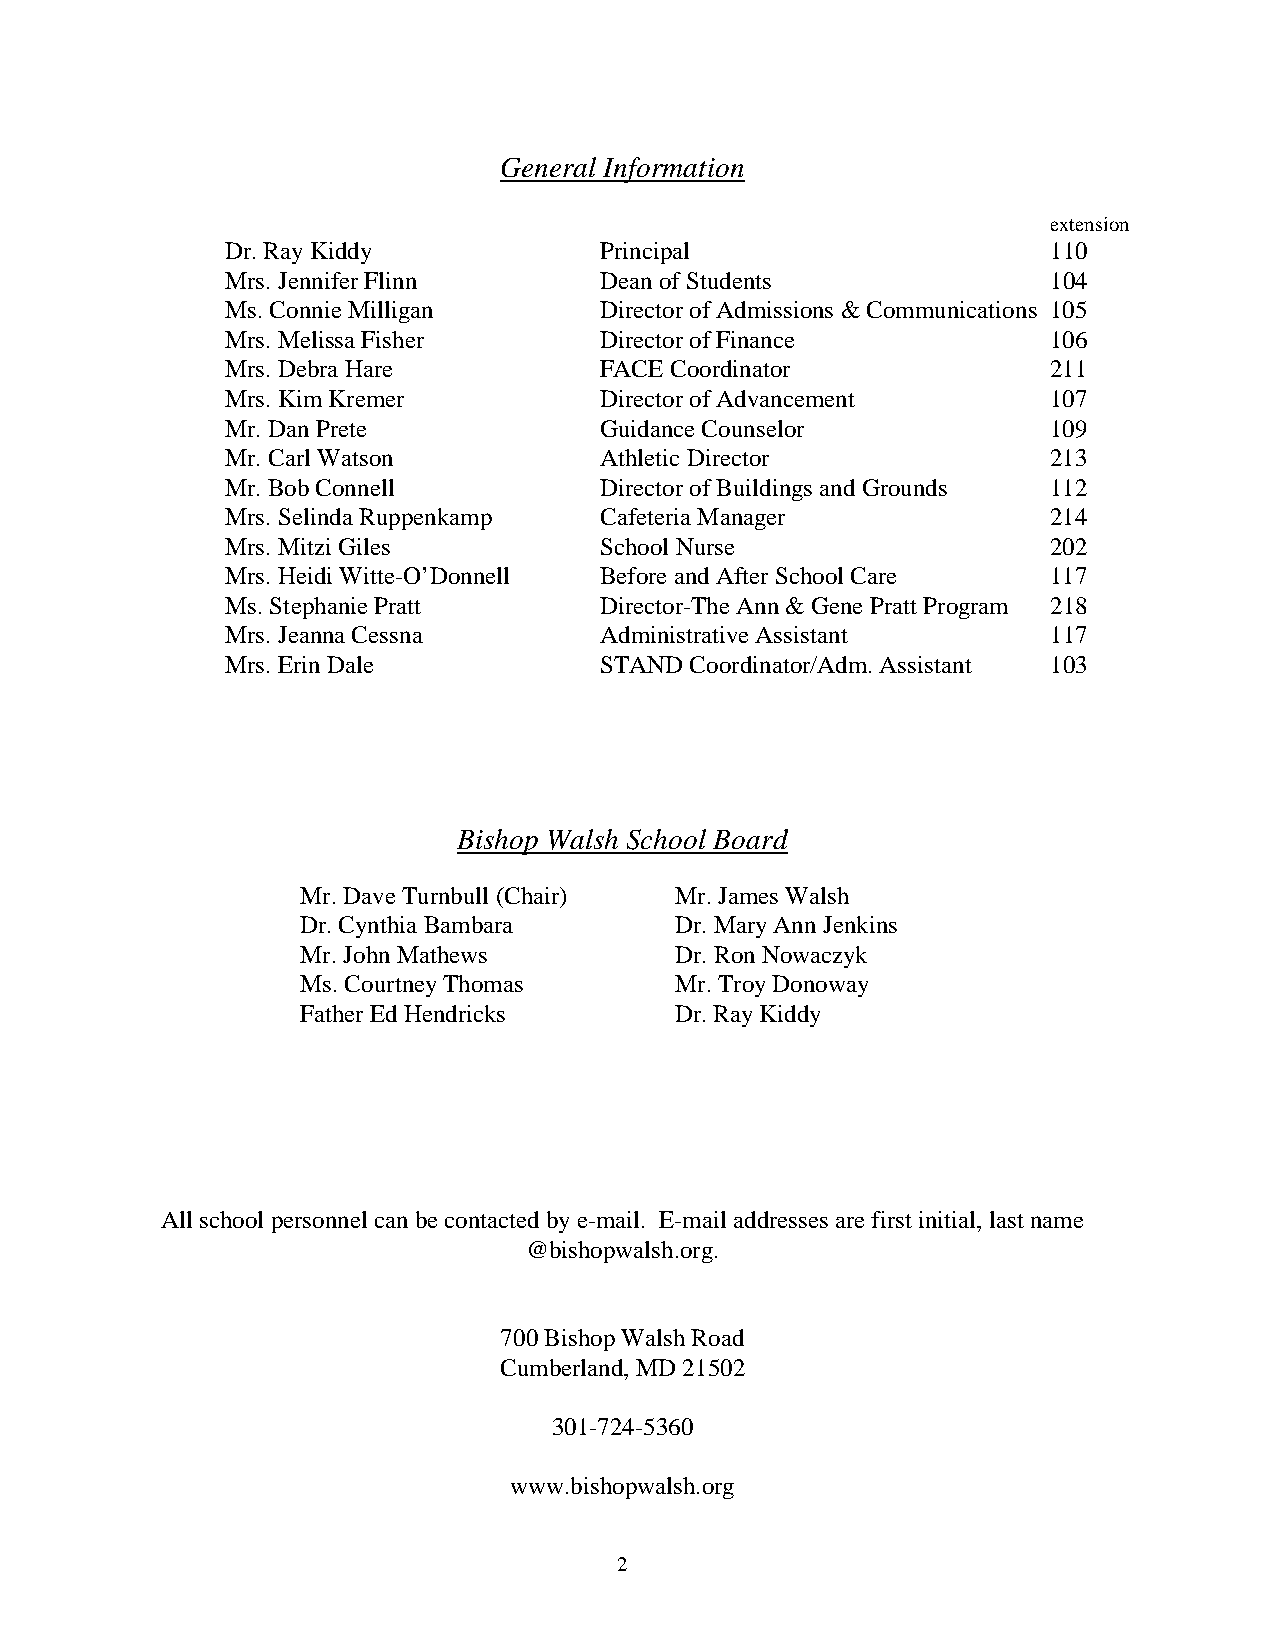
General Information
 extension
 Dr. Ray Kiddy            Principal                     110
 Mrs. Jennifer Flinn      Dean of Students              104
 Ms. Connie Milligan      Director of Admissions & Communications 105
 Mrs. Melissa Fisher      Director of Finance           106
 Mrs. Debra Hare          FACE Coordinator              211
 Mrs. Kim Kremer          Director of Advancement       107
 Mr. Dan Prete            Guidance Counselor            109
 Mr. Carl Watson          Athletic Director             213
 Mr. Bob Connell          Director of Buildings and Grounds 112
 Mrs. Selinda Ruppenkamp  Cafeteria Manager             214
 Mrs. Mitzi Giles         School Nurse                  202
 Mrs. Heidi Witte-O’Donnell Before and After School Care 117
 Ms. Stephanie Pratt      Director-The Ann & Gene Pratt Program 218
 Mrs. Jeanna Cessna       Administrative Assistant      117
 Mrs. Erin Dale           STAND Coordinator/Adm. Assistant 103
 Bishop Walsh School Board
 Mr. Dave Turnbull (Chair) Mr. James Walsh
 Dr. Cynthia Bambara      Dr. Mary Ann Jenkins
 Mr. John Mathews         Dr. Ron Nowaczyk
 Ms. Courtney Thomas      Mr. Troy Donoway
 Father Ed Hendricks      Dr. Ray Kiddy
 All school personnel can be contacted by e-mail. E-mail addresses are first initial, last name
 @bishopwalsh.org.
 700 Bishop Walsh Road
 Cumberland, MD 21502
 301-724-5360
 www.bishopwalsh.org
 2